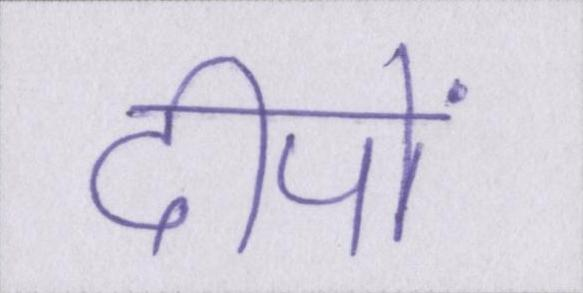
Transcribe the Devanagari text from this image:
दीपों